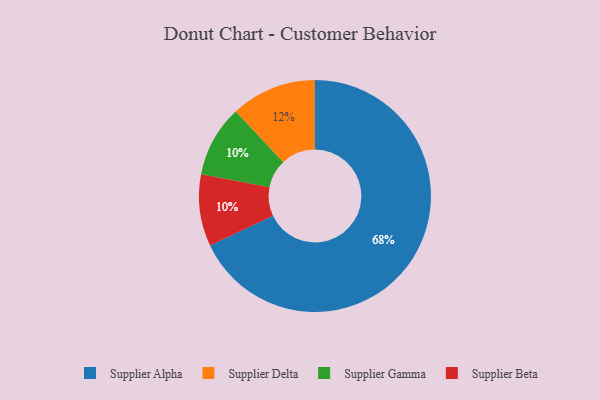
{"axis": {"x": "Category", "y": "Percentage"}, "legend": ["Supplier Alpha", "Supplier Beta", "Supplier Delta", "Supplier Gamma"], "data": [{"x": "Supplier Alpha", "y": 68, "type": "Supplier Alpha"}, {"x": "Supplier Gamma", "y": 10, "type": "Supplier Gamma"}, {"x": "Supplier Delta", "y": 12, "type": "Supplier Delta"}, {"x": "Supplier Beta", "y": 10, "type": "Supplier Beta"}]}